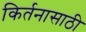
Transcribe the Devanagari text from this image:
किर्तनासाठी